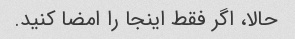
حالا، اگر فقط اینجا را امضا کنید.